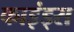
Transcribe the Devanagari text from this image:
काइंड्स